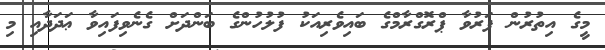
މީގެ އިތުރުން ފަރުވާ ޕްރޮގްރާމްގެ ބައިވެރިއަކު ފުލުހުންގެ ބަންދަށް ގެނެވިފައިވާ ޢަދަދާއި މި